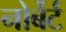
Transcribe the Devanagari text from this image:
नोर्बेर्ट